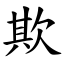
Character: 欺